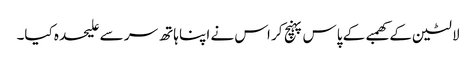
لالٹین کے کھمبے کے پاس پہنچ کر اس نے اپنا ہاتھ سر سے علیحدہ کیا۔